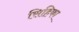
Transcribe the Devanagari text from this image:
सिहिका